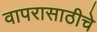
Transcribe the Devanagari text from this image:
वापरासाठीचे